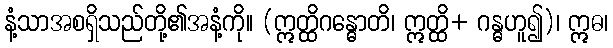
နံ့သာအစရှိသည်တို့၏အနံ့ကို။ (ဣတ္ထိဂန္ဓောတိ၊ ဣတ္ထိ+ ဂန္ဓဟူ၍)၊ ဣဓ၊